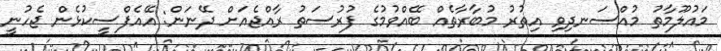
މައުލޫމާތު މުއްސަނދިވި އިތުރު މުބާރާތެއް ބޭއްވުމުގެ ފުރުސަތު ރާއްޖެއަށް ދޭނަން: އޭއެފްސީކުޅެން ޖެހުނީ